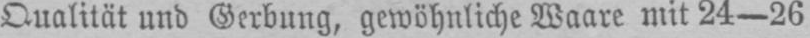
Qualität und Gerbung, gewöhnliche Waare mit 24-26